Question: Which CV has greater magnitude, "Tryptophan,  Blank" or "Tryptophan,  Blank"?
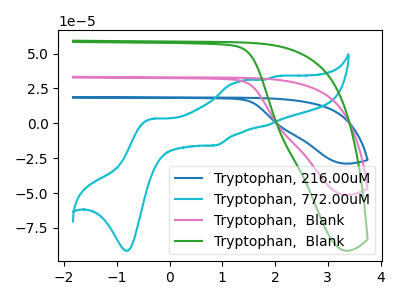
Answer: <think>The blue curve "Tryptophan, 216.00uM" has no peaks. The cyan curve "Tryptophan, 772.00uM" has anodic peaks at (-0.35V, 3.25uA) (1.35V, 30.10uA) (1.80V, -1.70uA) (2.00V, 33.80uA) and cathodic peaks at (-0.80V, -91.40uA) (0.90V, -15.80uA). The pink curve "Tryptophan,  Blank" has no peaks. The green curve "Tryptophan,  Blank" has no peaks.
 Neither "Tryptophan,  Blank" or "Tryptophan,  Blank" have any peaks.</think>
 <answer>I cant tell if "Tryptophan,  Blank" or "Tryptophan,  Blank" has more signal.</answer>
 <eval>mixed_signal</eval>